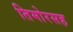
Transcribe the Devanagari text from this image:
तिमोरसह